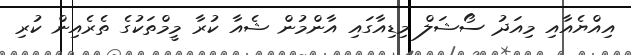
އިއްޔެއާއި މިއަދު ސޯޝަލް މިޑިއާގައި އާންމުން ޝެއާ ކުރާ މީމްތަކުގެ ތެރެއިން ކުރި